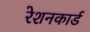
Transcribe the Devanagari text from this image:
रेशनकार्ड